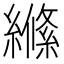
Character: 𮉎